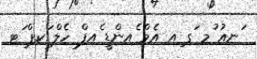
ަނއު ުމ ަގ ިއ އެމް ެއންޑީ ެއފް ހެލް ަކޕް ަޓ